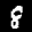
Label: 8